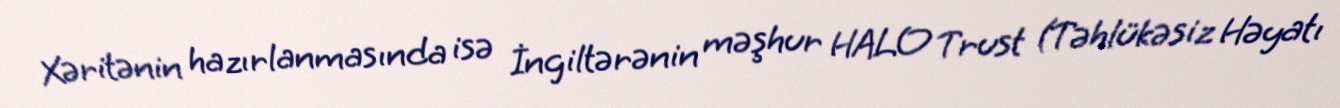
Xəritənin hazırlanmasında isə İngiltərənin məşhur HALO Trust (Təhlükəsiz Həyatı